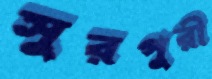
সুরপুরী